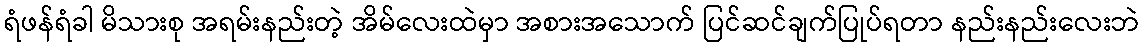
ရံဖန်ရံခါ မိသားစု အရမ်းနည်းတဲ့ အိမ်လေးထဲမှာ အစားအသောက် ပြင်ဆင်ချက်ပြုပ်ရတာ နည်းနည်းလေးဘဲ